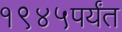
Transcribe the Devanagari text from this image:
१९४५पर्यंत